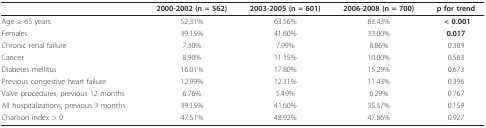
<table><thead><tr><td></td><td><b>2000-2002 (n = 562)</b></td><td><b>2003-2005 (n = 601)</b></td><td><b>2006-2008 (n = 700)</b></td><td><b>p for trend</b></td></tr></thead><tbody><tr><td>Age ≥ 65 years</td><td>52.31%</td><td>63.56%</td><td>63.43%</td><td><b> &lt; 0.001</b></td></tr><tr><td>Females</td><td>39.15%</td><td>41.60%</td><td>33.00%</td><td><b>0.017</b></td></tr><tr><td>Chronic renal failure</td><td>7.30%</td><td>7.99%</td><td>8.86%</td><td>0.309</td></tr><tr><td>Cancer</td><td>8.90%</td><td>11.15%</td><td>10.00%</td><td>0.563</td></tr><tr><td>Diabetes mellitus</td><td>16.01%</td><td>17.80%</td><td>15.29%</td><td>0.673</td></tr><tr><td>Previous congestive heart failure</td><td>12.99%</td><td>12.31%</td><td>11.43%</td><td>0.396</td></tr><tr><td>Valve procedures, previous 12 months</td><td>6.76%</td><td>5.49%</td><td>6.29%</td><td>0.767</td></tr><tr><td>All hospitalizations, previous 3 months</td><td>39.15%</td><td>41.60%</td><td>35.57%</td><td>0.159</td></tr><tr><td>Charlson index &gt; 0</td><td>47.51%</td><td>48.92%</td><td>47.86%</td><td>0.927</td></tr></tbody></table>